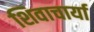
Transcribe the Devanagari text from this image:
शिवाचार्या